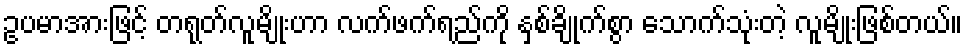
ဥပမာအားဖြင့် တရုတ်လူမျိုးဟာ လက်ဖက်ရည်ကို နှစ်ချိုက်စွာ သောက်သုံးတဲ့ လူမျိုးဖြစ်တယ်။